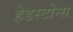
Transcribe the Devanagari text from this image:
हेडस्टोन्स